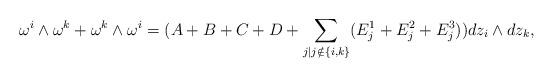
LaTeX: \begin{align*} \omega^i\wedge \omega^k+\omega^k\wedge \omega^i=(A+B+C+D+ \underset{j\vert j \notin\{i,k\}}{\sum}(E_{j}^1+E_{j}^2+E_{j}^3)) dz_i\wedge dz_k, \end{align*}